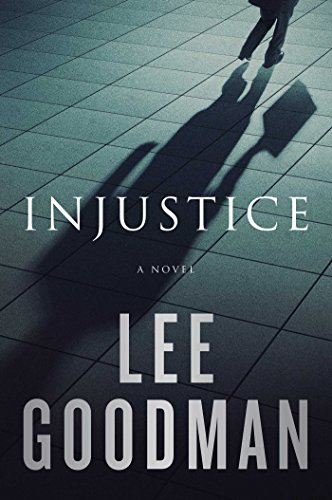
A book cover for Injustice: A Novel; Lee Goodman; Mystery, Thriller & Suspense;